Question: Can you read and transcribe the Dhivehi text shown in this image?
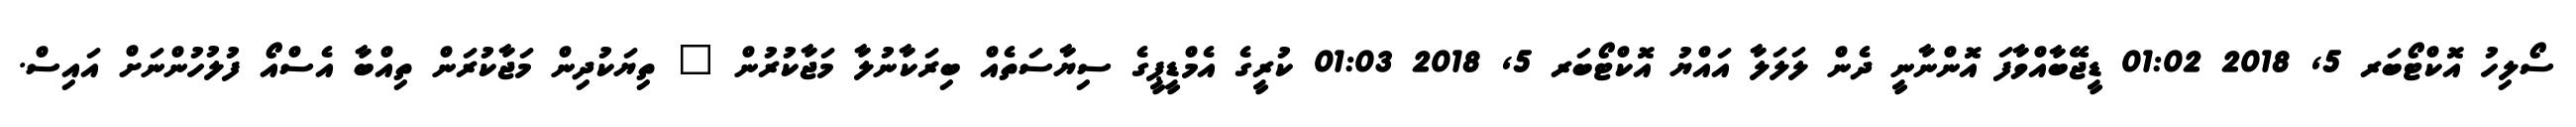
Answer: ސޯލިހު އޮކްޓޯބަރ 5, 2018 01:02 ޑީޖޭބާއްވާފަ އޮންނާނީ ދެން ލަލަލާ އައްޔު އޮކްޓޯބަރ 5, 2018 01:03 ކުރީގެ އެމްޑީޕީގެ ސިޔާސަތެއް ބިރަކާނުލާ މަޖާކުރުން " ތިޔަކުދިން މަޖާކުރަން ތިއްބާ އެސްއޯ ފުލުހުންނަށް އައިސް.